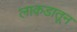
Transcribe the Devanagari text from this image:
लाकडातून